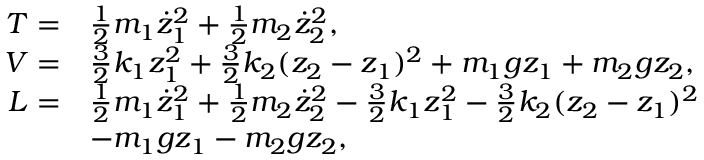
\begin{array} { r l } { T = } & { \frac { 1 } { 2 } m _ { 1 } \dot { z } _ { 1 } ^ { 2 } + \frac { 1 } { 2 } m _ { 2 } \dot { z } _ { 2 } ^ { 2 } , } \\ { V = } & { \frac { 3 } { 2 } k _ { 1 } z _ { 1 } ^ { 2 } + \frac { 3 } { 2 } k _ { 2 } ( z _ { 2 } - z _ { 1 } ) ^ { 2 } + m _ { 1 } g z _ { 1 } + m _ { 2 } g z _ { 2 } , } \\ { L = } & { \frac { 1 } { 2 } m _ { 1 } \dot { z } _ { 1 } ^ { 2 } + \frac { 1 } { 2 } m _ { 2 } \dot { z } _ { 2 } ^ { 2 } - \frac { 3 } { 2 } k _ { 1 } z _ { 1 } ^ { 2 } - \frac { 3 } { 2 } k _ { 2 } ( z _ { 2 } - z _ { 1 } ) ^ { 2 } } \\ & { - m _ { 1 } g z _ { 1 } - m _ { 2 } g z _ { 2 } , } \end{array}